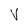
Character: V